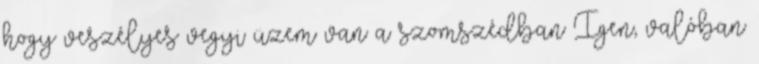
hogy veszélyes vegyi üzem van a szomszédban Igen, valóban